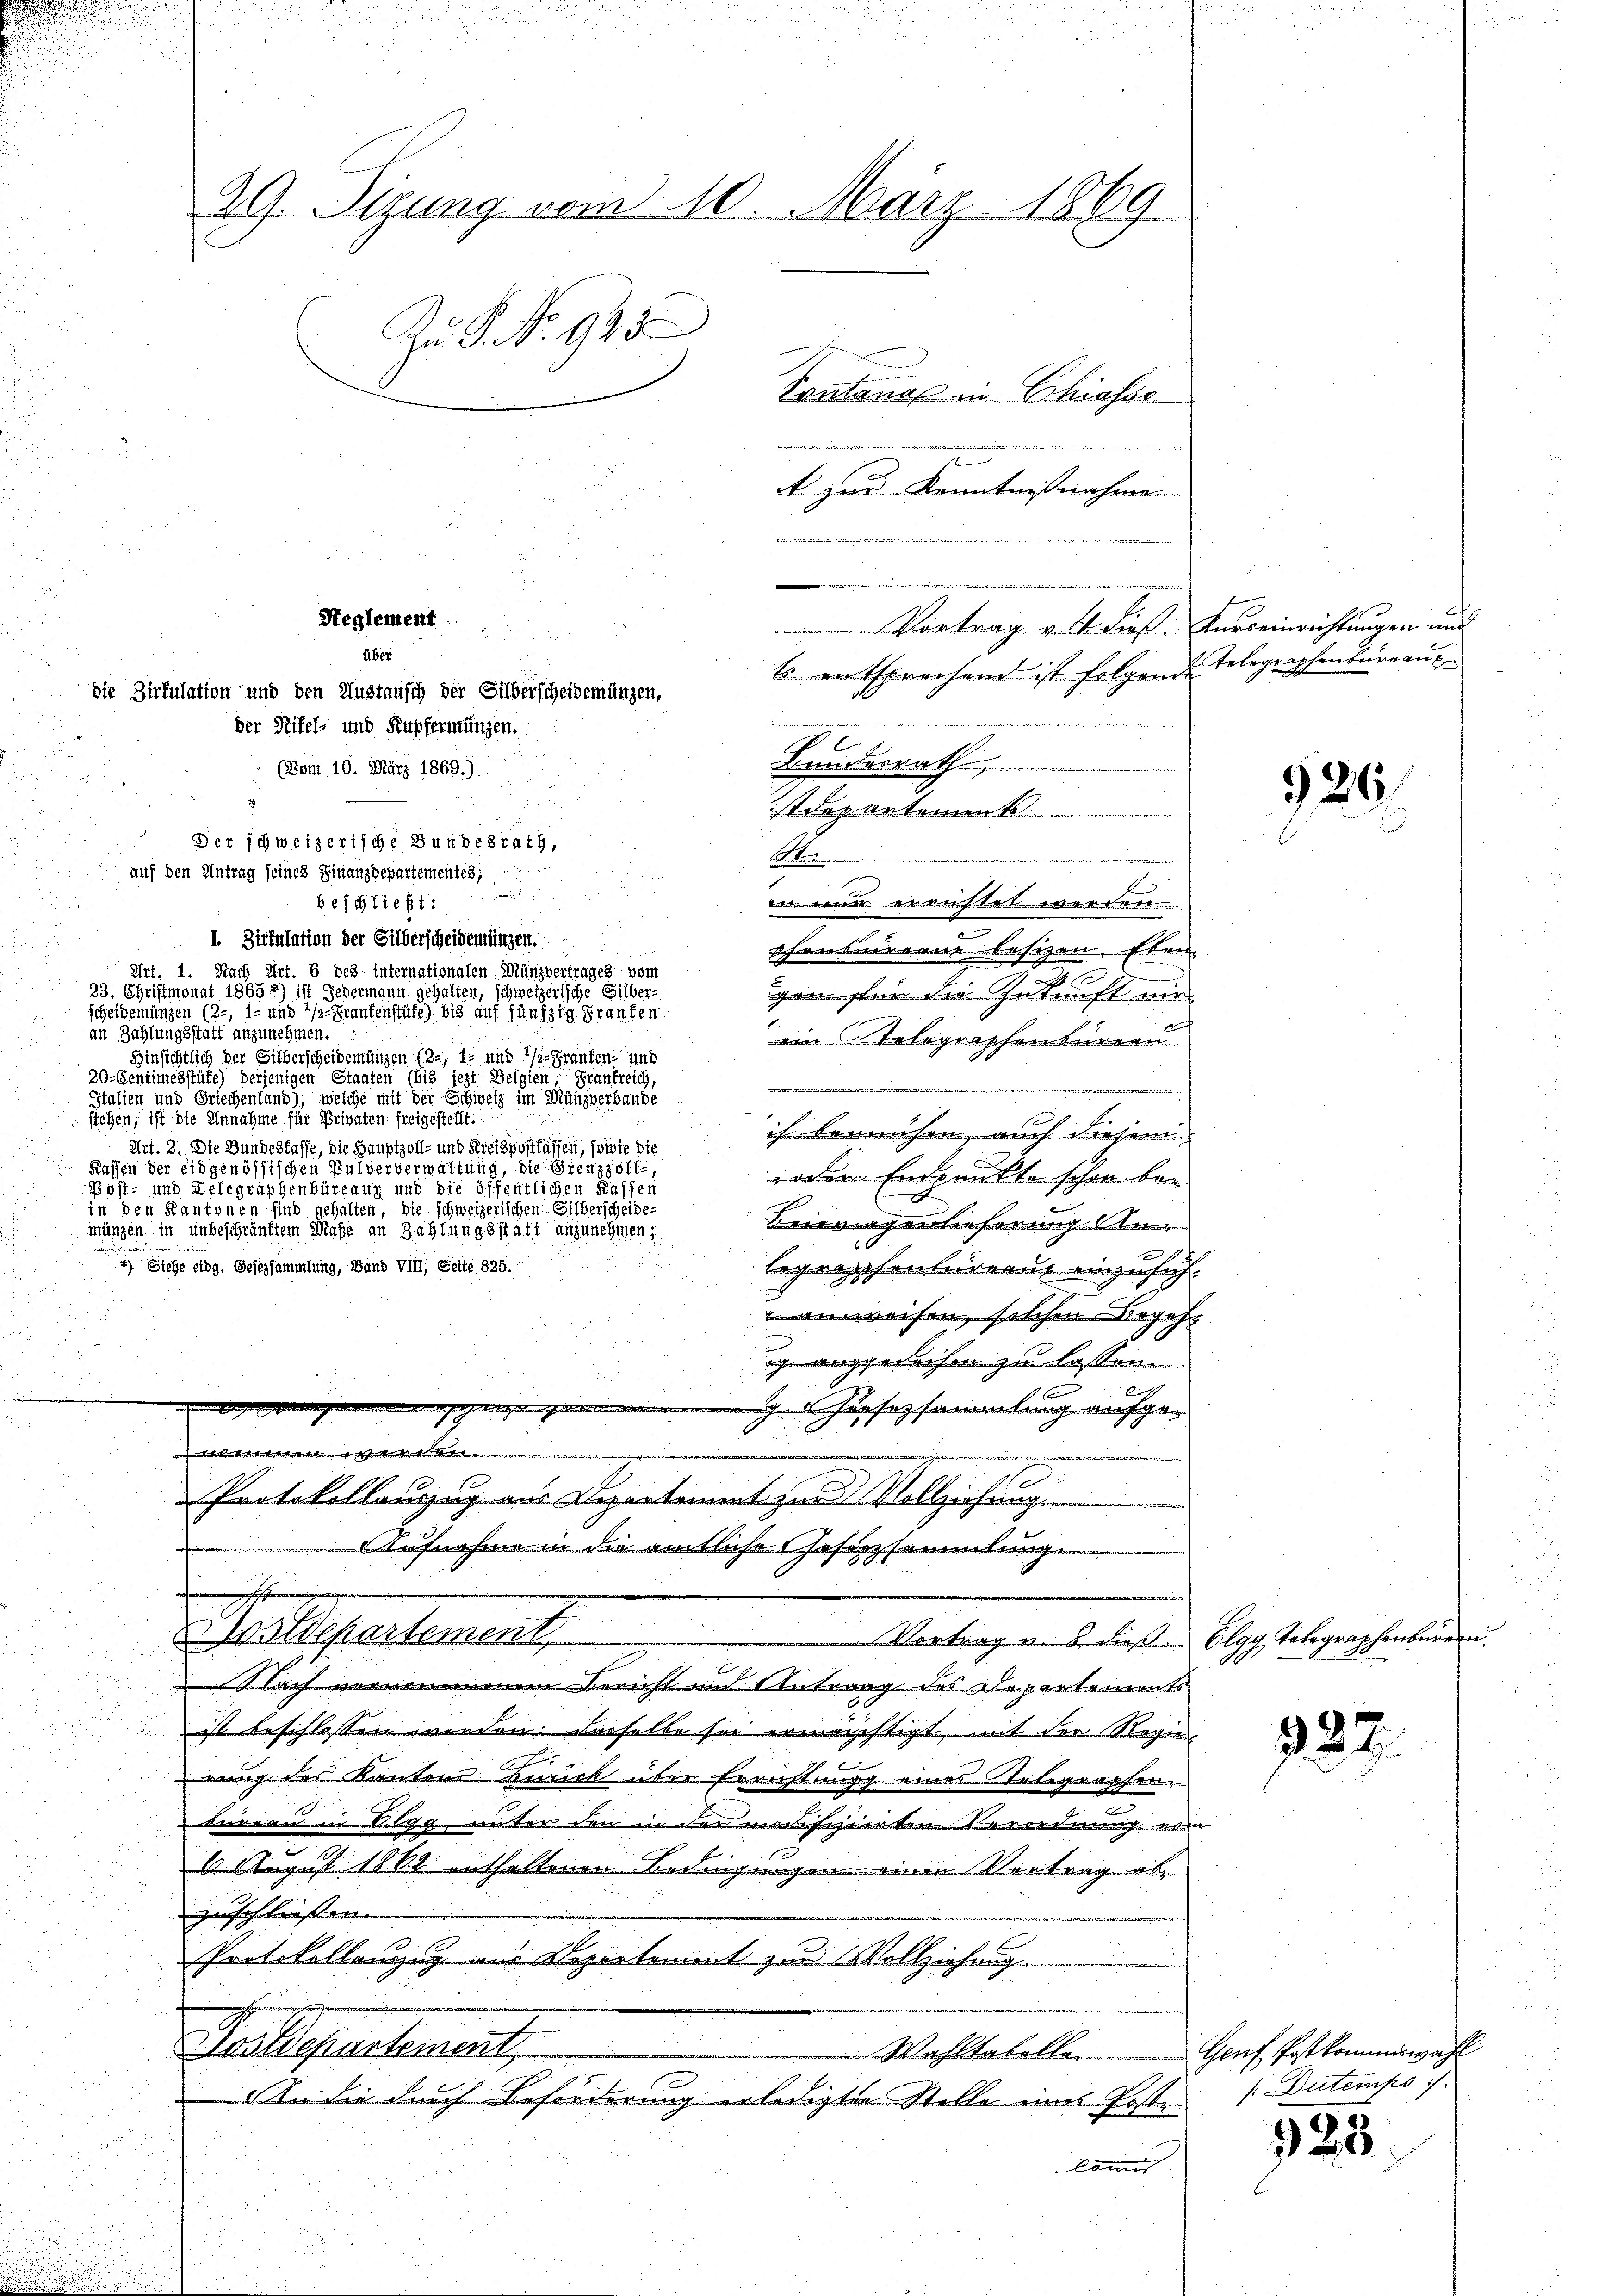
d

.
istdepartement
.
.
u
2
in mir errichtet werden.
beschließt:
d
I. Zirkulation der Silberscheidemünzen.
schen miren besizen. Eben
Art. 1. Nach Art. 8 des Internationalen Münzvertrages vom

23. Christmonat 1865 *) ist Gedermann gehalten, schweizerische Silber-
gan für die Zukunft nie
scheidemünzen (3., 1. und Frankenstüfe) bis auf fünfzig Pranten.
an Zahlungsstatt anzunehmen.
en Telegraphenbüreau
Hinsichtlich der Silberscheidemünzen 12, 1. und Brauten und
20-Sentimenstüke) derjenigen Staaten (bis jezt Belgien, Frantreich,
u
Italien und Griechenland), welche mit der Schweiz im Münzverbande
stehen, ist die Annahme für Privaten freigestellt.
ih bemühen, auch diesem
Art. 2. Die Bundesfasse, die Hauptzoll- und Kreispostfassen, sowie die
Kassen der eidgenössischen Pulververwaltung, die Grenzzolle,
odem Endpunkte schon bei
Post- und Delegraphenbüreaux und die öffentlichen Kaffen
in den Kantonen sind gehalten, die schweizerischen Silberscheibe-
Beieingenlieferung An
Münzen in unbeschränktem Maße an Zahlungsstatt anzunehmen.
u
4) Siehe eidg. Gesezsammlung, Band VIII, Seite 825.
legraschenbureau einzusich.
verweisen, solchen Begeh

ige angemachen zu lassen.
u
 hoch der den ihn vernen |
 Hausersammlung aufgel
Protokollanzug aus Departement zur Vollziehung
Aufnahme in die amtliche Hosenzsammlunge
ostdepartement
Vortrag u. 6. daß Elgg, Telegraphenburgen.
 lach vernommenen Bericht und Antrang des Departements
ist beschlossen werden. Dasselbe sei ermächtigt, mit der Regier

2
u
rung des Kantons Zürich über Errichtungg eines Telegraphen¬
Leireau in Elgg, unter den in der modifizierten Verordnung von
6 August 1862 enthaltenen Bedingungen einen Vortrag ab
zusch liessen |
Pertikellenzig aus Departement zu Vollziehung
Sailepartement,
Wahltabellar
An die durch Beförderung erledigte Stelle ins Poste
komit

u

29. Sizung vom 10. März 1869.
zu S. No. 925
Sontana in Chiesse

7
 zur Kenntnißnahme

Reglement
über
die Zirkulation und den Austausch der Silberscheidemünzen,

¬
Der schweizerische Bundesrath,
.
auf den Antrag seines Finanzdepartementes;

der Nifel- und Kupfermungen.
(Bom 10. März 1869.)

.

Vortrag v. u. dies. Kurseinrichtungen und
Es entsprechend ist folgende Telegraphenbureaus¬

Bundesrath

ar für die

926

322.

Genf Postkommiswahl
[Dutemps

328